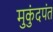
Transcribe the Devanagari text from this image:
मुकुंदपंत